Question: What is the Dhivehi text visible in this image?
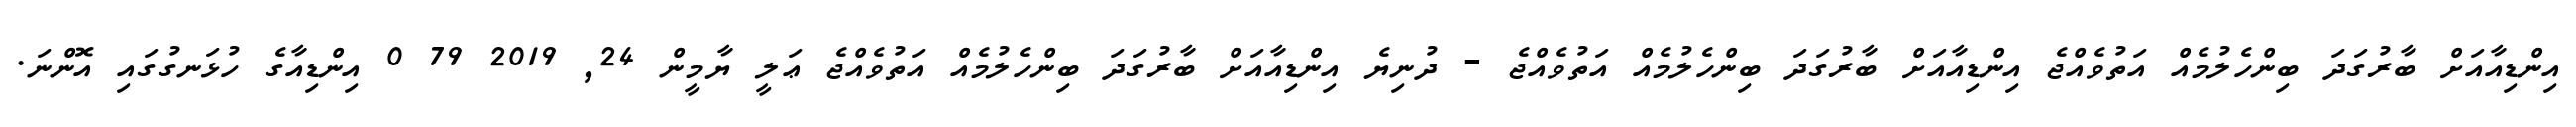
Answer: އިންޑިއާއަށް ބާރުގަދަ ބިންހެލުމެއް އަތުވެއްޖެ އިންޑިއާއަށް ބާރުގަދަ ބިންހެލުމެއް އަތުވެއްޖެ - ދުނިޔެ އިންޑިއާއަށް ބާރުގަދަ ބިންހެލުމެއް އަތުވެއްޖެ ޢަލީ ޔާމީން 24, 2019 79 0 އިންޑިއާގެ ހުޅަނގުގައި އޮންނަ.